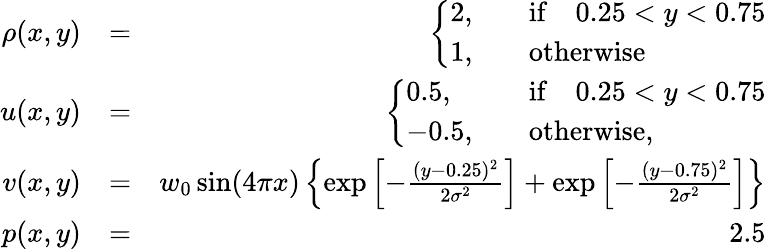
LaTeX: \begin{array}{rlr}{\rho(x,y)}&{=}&{\left\{ \begin{array}{ll}{2,\quad}&{\mathrm{if}\quad 0.25<y<0.75}\\ {1,\quad}&{\mathrm{otherwise}}\end{array}\right.}\\ {u(x,y)}&{=}&{\left\{ \begin{array}{ll}{0.5,\quad}&{\mathrm{if}\quad 0.25<y<0.75}\\ {-0.5,\quad}&{\mathrm{otherwise},}\end{array}\right.}\\ {v(x,y)}&{=}&{w_{0}\sin(4\pi x)\left\{ \exp\left[-\frac{(y-0.25)^{2}}{2\sigma^{2}}\right]+\exp\left[-\frac{(y-0.75)^{2}}{2\sigma^{2}}\right]\right\} }\\ {p(x,y)}&{=}&{2.5}\end{array}